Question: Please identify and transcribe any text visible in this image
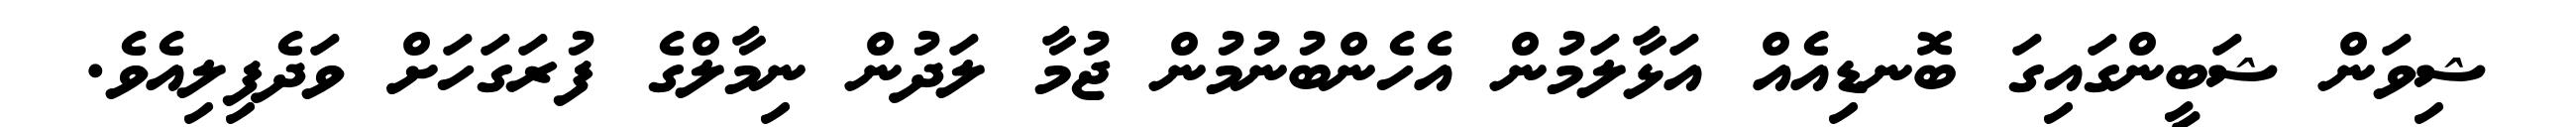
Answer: ޝިވަން ޝަބީންގައިގަ ބޮނޑިއެއް އަޅާލަމުން އެހެންބުނުމުން ޖުމާ ލަދުން ނިމާލްގެ ފުރަގަހަށް ވަދެފިލިއެވެ.